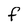
Character: f